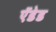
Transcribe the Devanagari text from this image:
ऍडेड